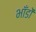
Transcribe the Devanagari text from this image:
भाँडों